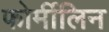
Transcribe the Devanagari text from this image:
फोर्मीलिन